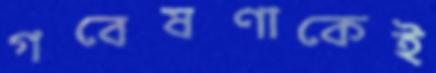
গবেষণাকেই